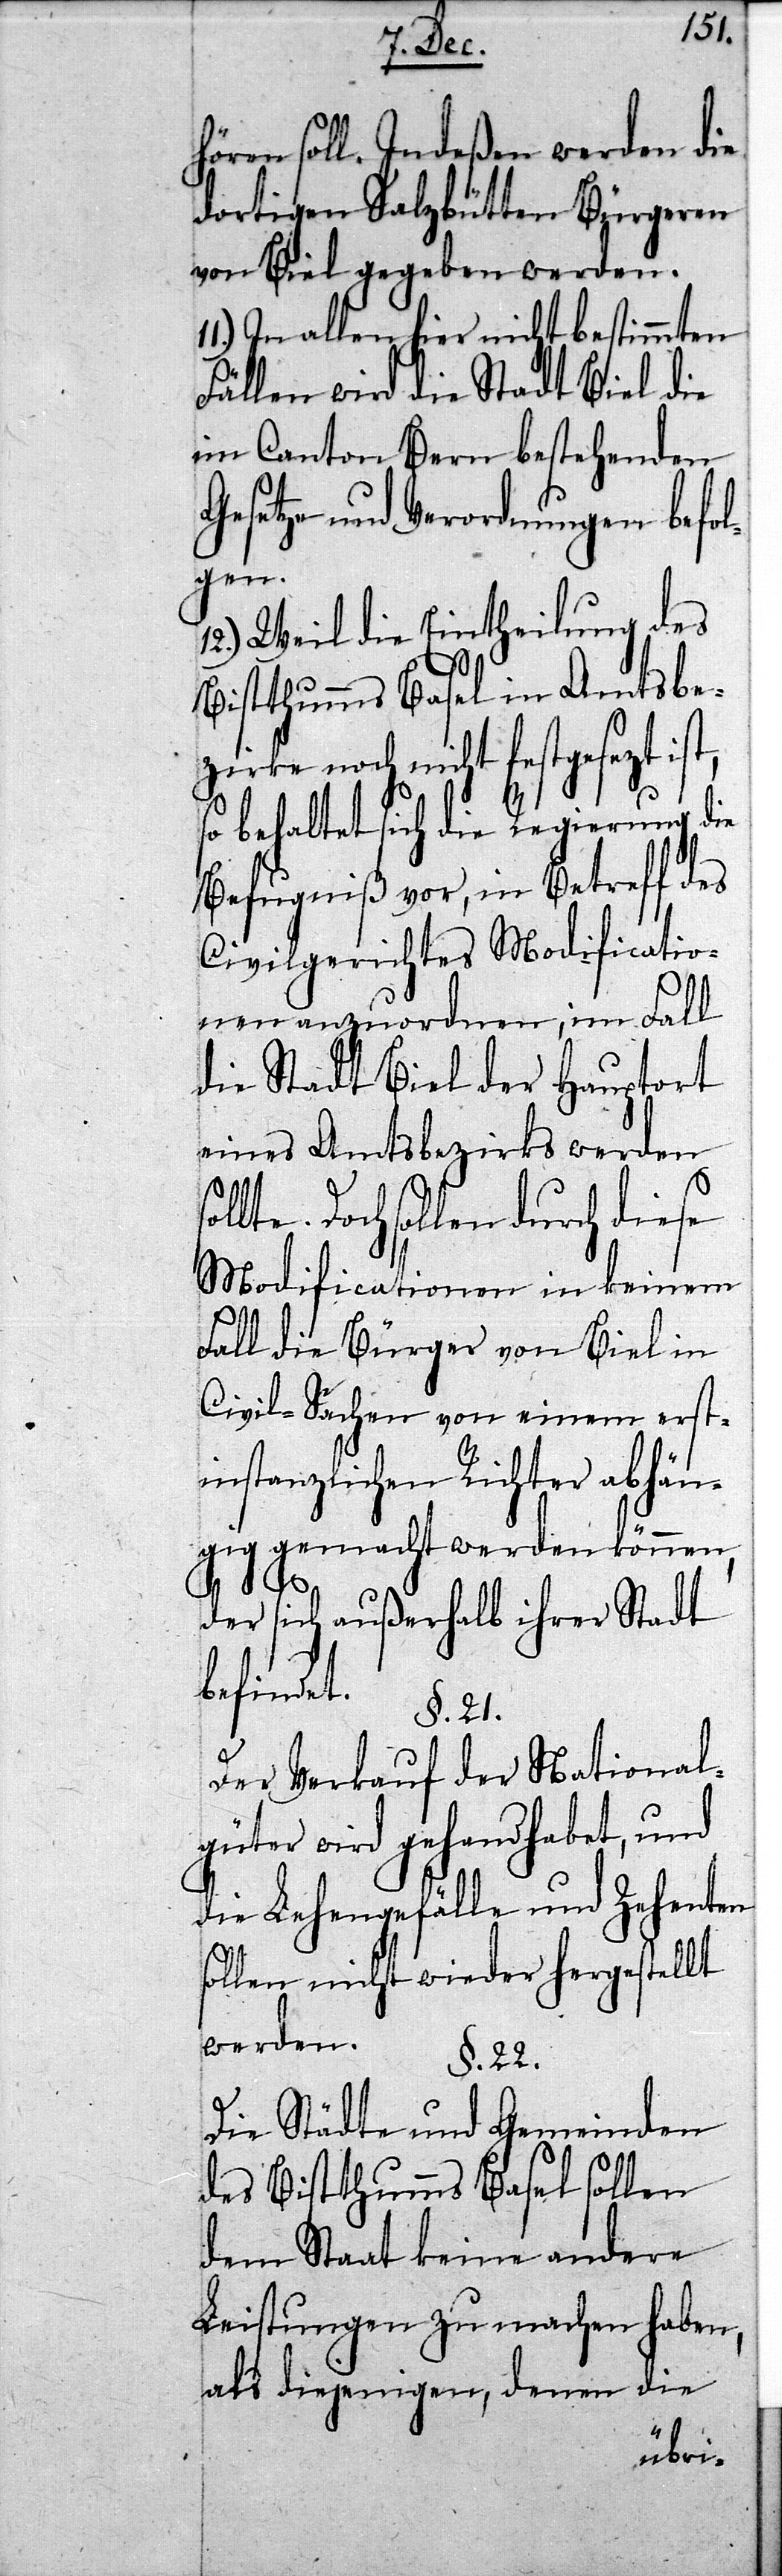
hören soll. Indeßen werden die
dortigen Salzbütten Bürgeren
von Biel gegeben werden.
In allen hier nicht bestimmten
Fällen wird die Stadt Biel die
im Canton Bern bestehenden
Gesetze und Verordnungen befol¬
igen,
12.) Weil die Eintheilung des
Bistthumms Basel in Amtsbe¬
zirke noch nicht festgesezt
so behaltet sich die Regierung die
Befugniß vor, in Betreff des
Civilgerichtes Modificatio¬
nen anzuordnen, im Fall
die Stadt Biel der Hauptort
eines Amtsbezirkes werden
Doch sollen durch diese
Modificationen in keinem
Fall die Bürger von Biel in
Civil-Sachen von einem ersti¬
nstanzlichen Richter abhän¬
gig gemacht werden können,
der sich außerhalb ihrer Stadt
befindet.
§. 21.
Der Verkauf der National¬
güter wird gehandhabet, und
die Lehengefälle und Zehenten
sollen nicht wieder hergestellt
werden.
§. 22.
den¬
Die Städte und Geme¬
des Bistthumms Basel sollen
dem Staat keine
Leistungen zu machen h¬
en die
aben,
in¬
als diejen¬